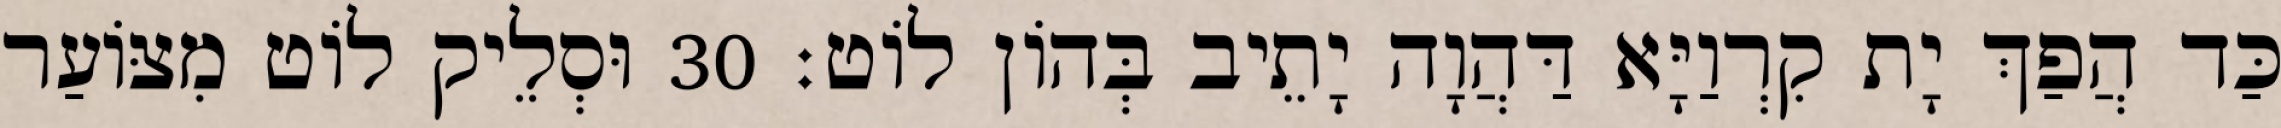
כַּד הֲפַךְ יָת קִרְוַיָּא דַּהֲוָה יָתֵיב בְּהוֹן לוֹט׃ 30 וּסְלֵיק לוֹט מִצּוֹעַר